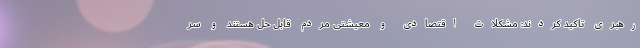
رهبری تاکید کردند: مشکلات اقتصادی و معیشتی مردم قابل حل هستند و سر